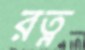
রত্ন